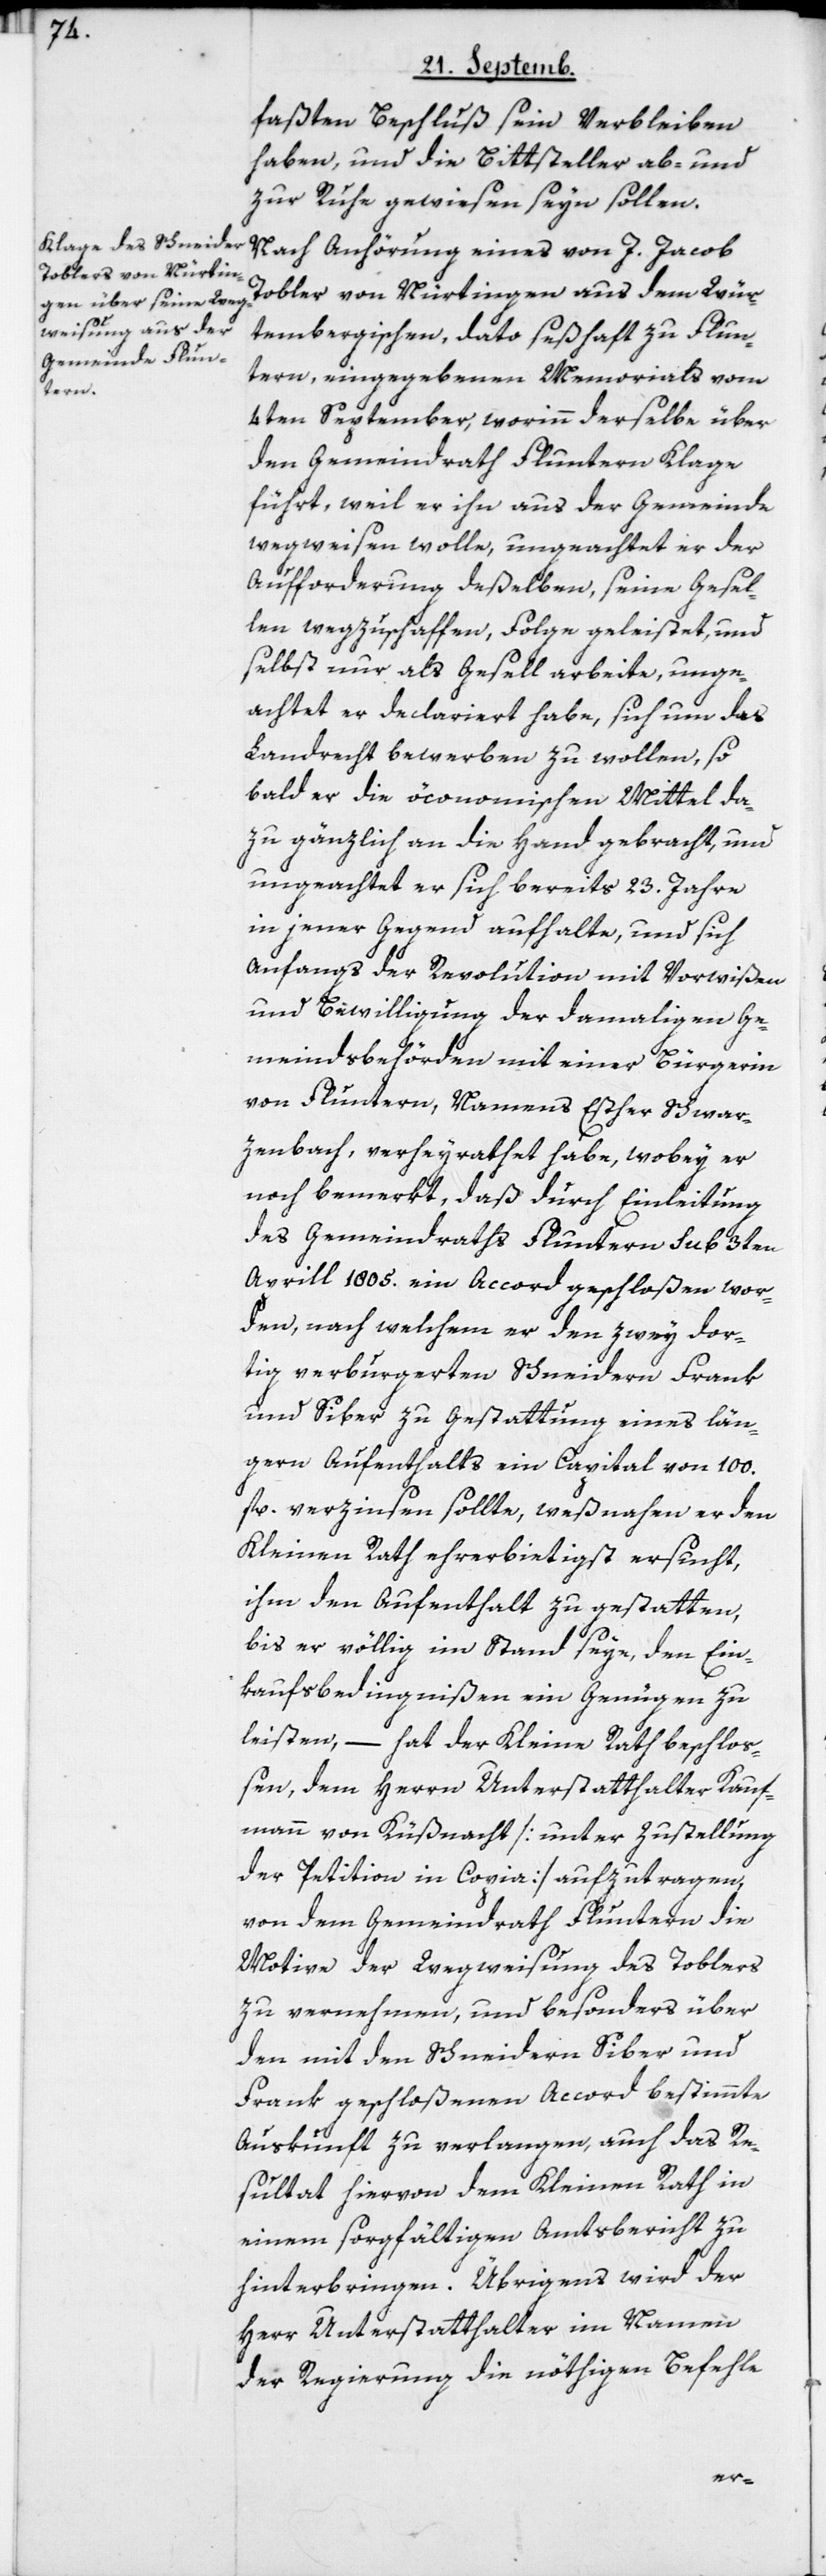
faßten Beschluß sein Verbleiben
haben, und die Bittsteller ab- und
zur Ruhe gewiesen seyn sollen.
Nach Anhörung eines von J. Jacob
Tobler von Nürtingen aus dem Wür¬
tembergischen, dato seßhaft zu Flun¬
tern, eingegebenen Memorials vom
4ten September, worinn derselbe über
den Gemeindrath Fluntern Klage
führt, weil er ihn aus der Gemeinde
wegweisen wolle, ungeachtet er der
Aufforderung deßelben, seine Gesel¬
len wegzuschaffen, Folge geleistet und
selbst nur als Gesell arbeite, unge¬
achtet er declariert habe, sich um das
Landrecht bewerben zu wollen, so¬
bald er die öconomischen Mittel da¬
zu gänzlich an die Hand gebracht und
ungeachtet er sich bereits 23. Jahre
in jener Gegend aufhalte, und sich
anfangs der Revolution mit Vorwißen
und Bewilligung der damaligen Ge¬
meindsbehörden mit einer Bürgerin
von Fluntern, namens Esther Schwar¬
zenbach, verheyrathet habe, wobey er
noch bemerkt, daß durch Einleitung
des Gemeindraths Fluntern sub 3ten
Aprill 1805. ein Accord geschloßen wor¬
den, nach welchem er den zwey dor¬
tig verburgerten Schneidern Frank
und Siber zu Gestattung eines län¬
geren Aufenthalts ein Capital von 100.
fl. verzinsen sollte, weßnahen er den
Kleinen Rath ehrerbietigst ersucht,
ihm den Aufenthalt zu gestatten,
bis er völlig im Stand seye, den Ein¬
kaufsbedingnißen ein Genügen zu
leisten, – hat der Kleine Rath beschloß¬
en, dem Herrn Unterstatthalter Kauf¬
mann von Küßnacht [unter Zustellung
der Petition in Copia] aufzutragen,
von dem Gemeindrath Fluntern die
Motive der Wegweisung des Toblers
zu vernehmen, und besonders über
den mit den Schneidern Siber und
Frank geschloßenen Accord bestimmte
Auskunft zu verlangen, auch das Re¬
sultat hiervon dem Kleinen Rath in
einem sorgfältigen Amtsbericht zu
hinterbringen. Übrigens wird der
Herr Unterstatthalter im Namen
der Regierung die nöthigen Befehle